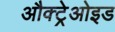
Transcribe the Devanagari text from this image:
औक्ट्रेओइड